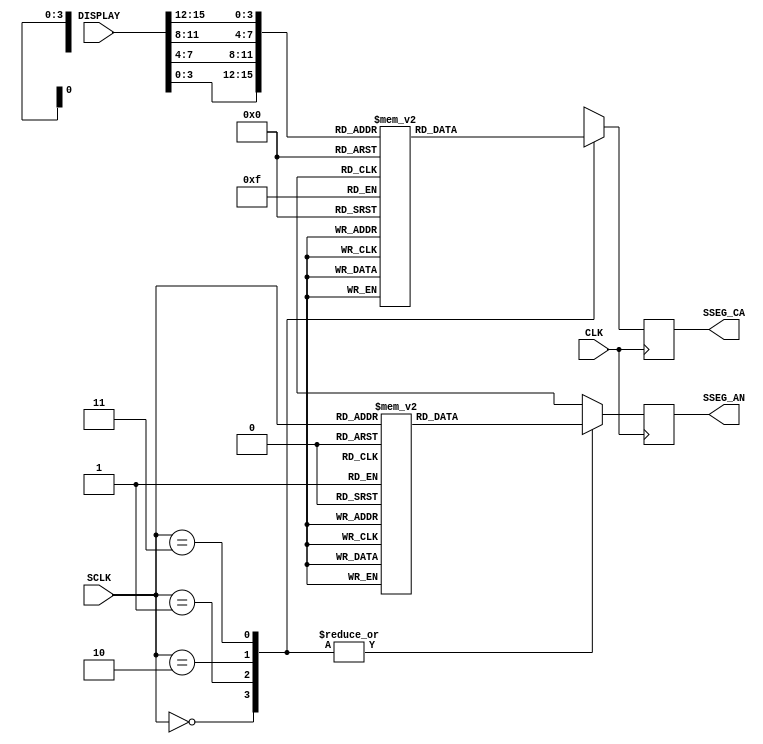
`timescale 1ns / 1ps
//////////////////////////////////////////////////////////////////////////////////
// Company: 
// Engineer: 
// 
// Design Name: 	Yosvany Alonso
// Module Name:    SevenDisplay 
// Project Name: 
// Target Devices:  
// Tool versions: 
// Description: 
//
// Dependencies: 
//
// Revision: 
// Revision 0.01 - File Created
// Additional Comments: 
//
//////////////////////////////////////////////////////////////////////////////////
module SevenDisplay(
	 input CLK,
	 input [2:1] SCLK,
    input [15:0] DISPLAY,
    output reg [7:0] SSEG_CA,
    output reg [3:0] SSEG_AN
    );
	
	//Set Display Settings
	reg [7:0] SSEG_DISPLAY [15:0];
	reg [3:0] SSEG_LED [3:0];
	
	initial begin
		SSEG_DISPLAY [0] = 8'b 11000000; //0
		SSEG_DISPLAY [1] = 8'b 11111001; //1
		SSEG_DISPLAY [2] = 8'b 10100100; //2
		SSEG_DISPLAY [3] = 8'b 10110000; //3
		SSEG_DISPLAY [4] = 8'b 10011001; //4
		SSEG_DISPLAY [5] = 8'b 10010010; //5
		SSEG_DISPLAY [6] = 8'b 10000010; //6
		SSEG_DISPLAY [7] = 8'b 11111000; //7
		SSEG_DISPLAY [8] = 8'b 10000000; //8
		SSEG_DISPLAY [9] = 8'b 10011000; //9
		SSEG_DISPLAY [10] = 8'b 10001000; //A
		SSEG_DISPLAY [11] = 8'b 10000011; //B
		SSEG_DISPLAY [12] = 8'b 11000110; //C
		SSEG_DISPLAY [13] = 8'b 10100001; //D
		SSEG_DISPLAY [14] = 8'b 10000110; //E
		SSEG_DISPLAY [15] = 8'b 10001110;  //F
		SSEG_LED [0] = 4'b 1110; //Right Most SSEG
		SSEG_LED [1] = 4'b 1101; //changed to not light
		SSEG_LED [2] = 4'b 1011; //changed to not light
		SSEG_LED [3] = 4'b 0111; //Left Most SSEG
	end 	

	always @(posedge CLK) begin
		//Cycle through each Seven Segment Display
		case (SCLK)
			0: begin
					SSEG_AN <= SSEG_LED[SCLK];
					SSEG_CA <= SSEG_DISPLAY[DISPLAY[3:0]];
				end
			1: begin 
					SSEG_AN <= SSEG_LED[SCLK];
					SSEG_CA <= SSEG_DISPLAY[DISPLAY[7:4]];
				end
			2: begin 
					SSEG_AN <= SSEG_LED[SCLK];
					SSEG_CA <= SSEG_DISPLAY[DISPLAY[11:8]];
				end
			3: begin 
					SSEG_AN <= SSEG_LED[SCLK];
					SSEG_CA <= SSEG_DISPLAY[DISPLAY[15:12]];
				end
		endcase
	end

endmodule